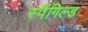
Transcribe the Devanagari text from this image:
स्पैंगिल्ड